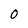
Character: O